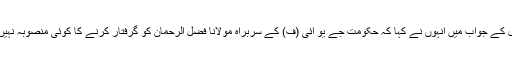
ایک سوال کے جواب میں انہوں نے کہا کہ حکومت جے یو آئی (ف) کے سربراہ مولانا فضل الرحمان کو گرفتار کرنے کا کوئی منصوبہ نہیں بنا رہی۔